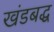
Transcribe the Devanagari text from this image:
खंडबद्ध